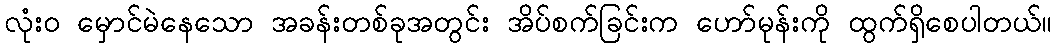
လုံးဝ မှောင်မဲနေသော အခန်းတစ်ခုအတွင်း အိပ်စက်ခြင်းက ဟော်မုန်းကို ထွက်ရှိစေပါတယ်။